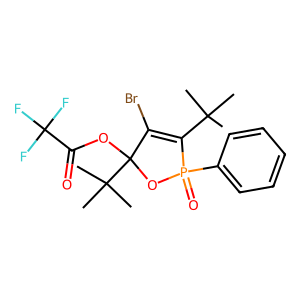
SMILES: CC(C)(C)C1=C(Br)C(OC(=O)C(F)(F)F)(C(C)(C)C)OP1(=O)c1ccccc1
Inhibits HIV replication: No